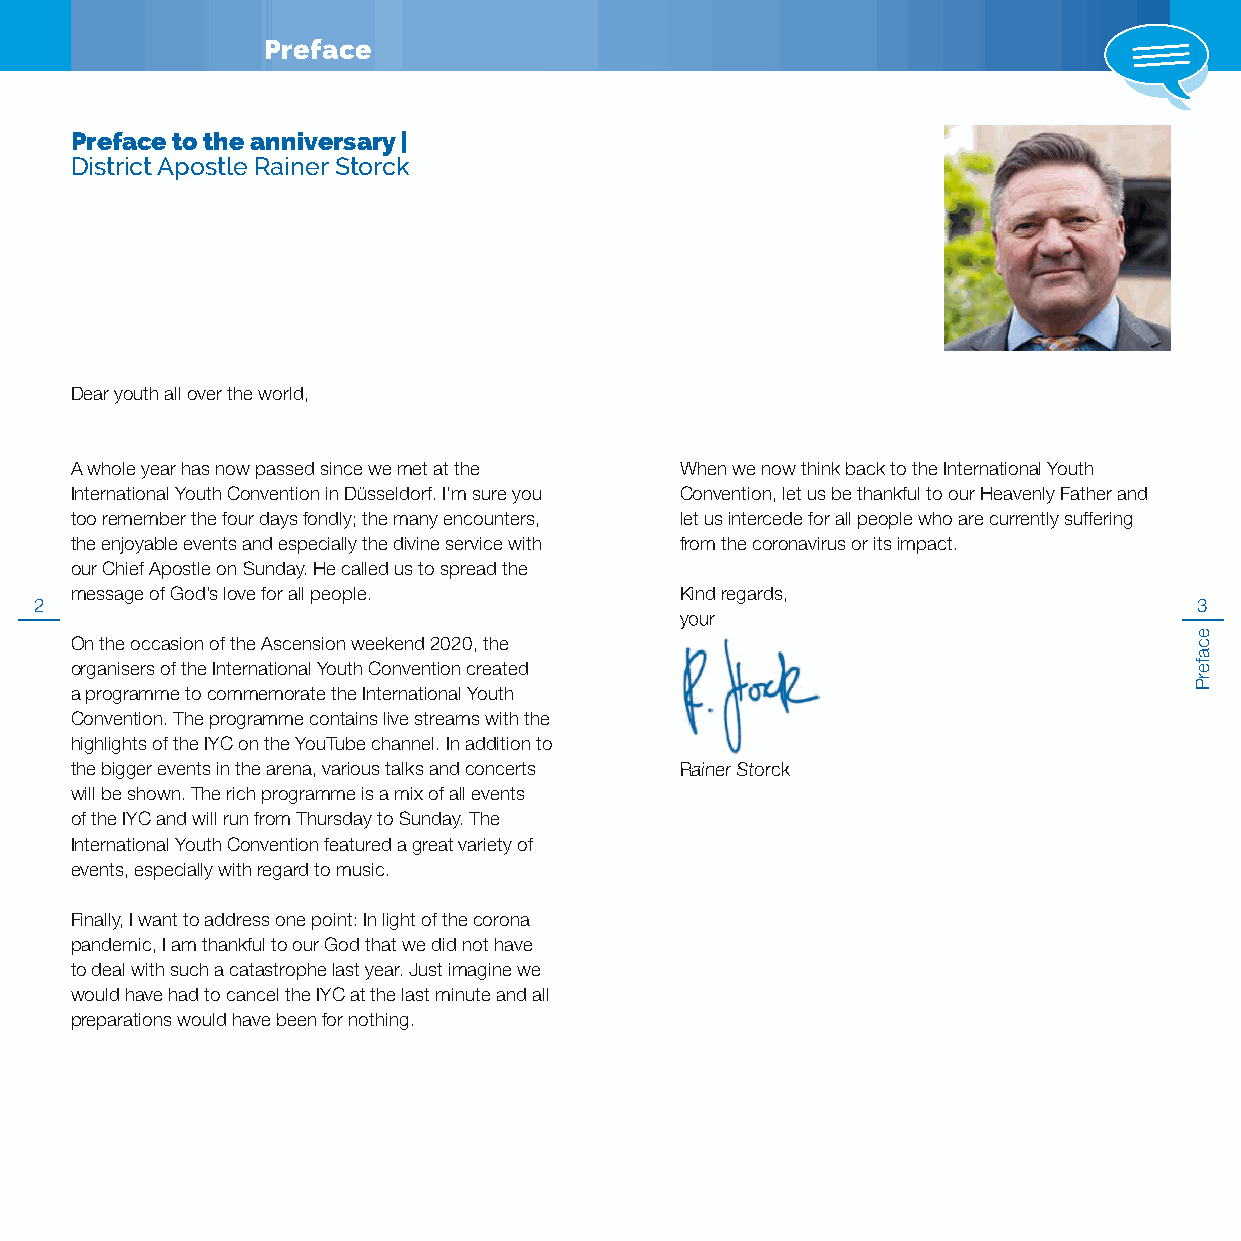
Preface
 Preface to the anniversary |
 District Apostle Rainer Storck
 Dear youth all over the world,
 A whole year has now passed since we met at the When we now think back to the International Youth
 International Youth Convention in Düsseldorf. I’m sure you Convention, let us be thankful to our Heavenly Father and
 too remember the four days fondly; the many encounters, let us intercede for all people who are currently suffering
 the enjoyable events and especially the divine service with from the coronavirus or its impact.
 our Chief Apostle on Sunday. He called us to spread the
 message of God’s love for all people.   Kind regards,
 2                                                                            3
 yyoouurr
 On the occasion of the Ascension weekend 2020, the
 organisers of the International Youth Convention created
 a programme to commemorate the International Youth
 Convention. The programme contains live streams with the
 highlights of the IYC on the YouTube channel. In addition to
 the bigger events in the arena, various talks and concerts RRaaiinneerr SSttoorrcckk
 will be shown. The rich programme is a mix of all events
 of the IYC and will run from Thursday to Sunday. The
 International Youth Convention featured a great variety of
 events, especially with regard to music.
 Finally, I want to address one point: In light of the corona
 pandemic, I am thankful to our God that we did not have
 to deal with such a catastrophe last year. Just imagine we
 would have had to cancel the IYC at the last minute and all
 preparations would have been for nothing.
 ecaferP